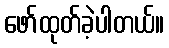
ဖော်ထုတ်ခဲ့ပါတယ်။